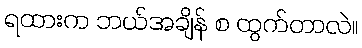
ရထားက ဘယ်အချိန် စ ထွက်တာလဲ။